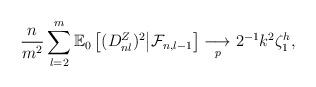
LaTeX: \begin{align*} \frac{n}{ m^2} \sum_{l = 2}^m \mathbb{E}_0\left[(D^Z_{nl})^2\middle| \mathcal{F}_{n, l -1}\right] \underset{p}{\longrightarrow } 2^{-1}k^2 \zeta_1^h , \end{align*}